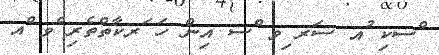
ްސކި ުއ ސަރ ިވ ްސ އިން ހަ ަރކާތްތެރި ެވ ްއ